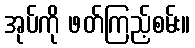
အုပ်ကို ဖတ်ကြည့်စမ်း။